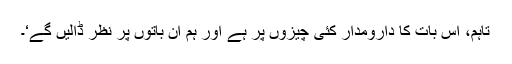
تاہم، اس بات کا دارومدار کئی چیزوں پر ہے اور ہم اِن باتوں پر نظر ڈالیں گے‘۔